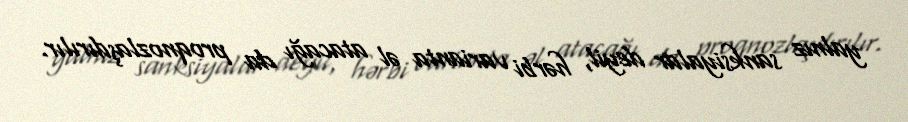
yalnız sanksiyalar deyil, hərbi varianta əl atacağı da proqnozlaşdırılır.